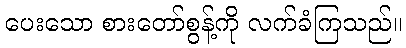
ပေးသော စားတော်စွန့်ကို လက်ခံကြသည်။